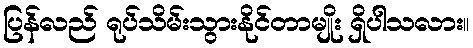
ပြန်လည် ရုပ်သိမ်းသွားနိုင်တာမျိုး ရှိပါသလား။